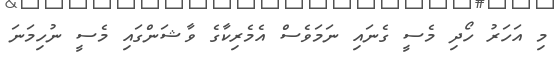
މި އަހަރު ހޯދި މެސީ ގެނައި ނަމަވެސް އެމެރިކާގެ ވާޝަންގައި މެސީ ނުހިމަނަ